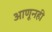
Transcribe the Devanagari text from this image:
आणूनही